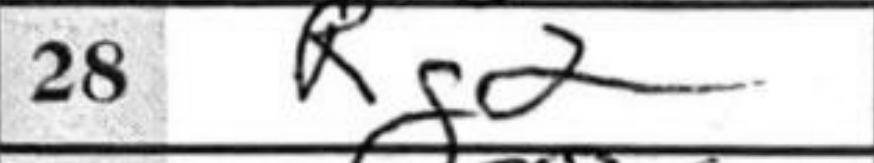
Transcription: Rg2